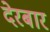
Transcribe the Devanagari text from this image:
देरबार